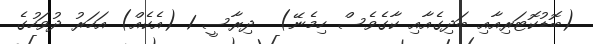
(ބޮޑުކޮޓަރިއާއި ބަދިގެއާއި ކާގެވެސް ހިމެނޭ)  ދިރާސީ 1 (އެކެއް) އަހަރު ދުވަހުގެ